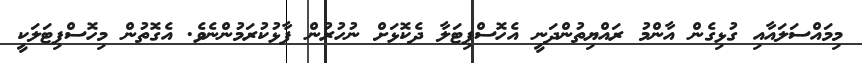
މިމައްސަލައާއި ގުޅިގެން އާންމު ރައްޔިތުންދަނީ އެހޮސްޕިޓަލާ ދެކޮޅަށް ނުހުރުން ފާޅުކުރަމުންނެވެ. އެގޮތުން މިހޮސްޕިޓަލަކީ